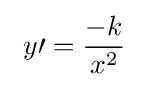
\ y\prime ={\frac {-k}{x^{2}}}\